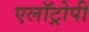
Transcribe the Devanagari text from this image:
एलॉट्रोपी